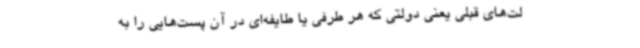
لت‌های قبلی یعنی دولتی که هر طرفی یا طایفه‌ای در آن پست‌هایی را به